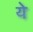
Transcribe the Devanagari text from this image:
येे